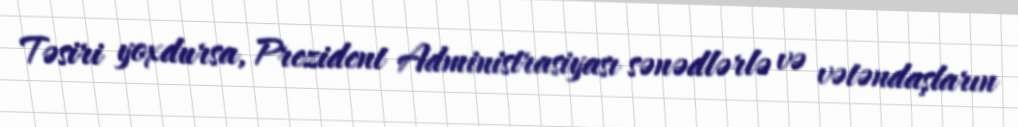
Təsiri yoxdursa, Prezident Administrasiyası sənədlərlə və vətəndaşların